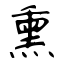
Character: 熏